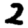
Digit: 2